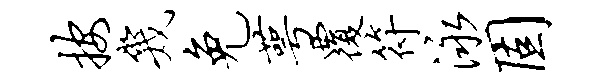
按几免萼覆符泳固